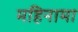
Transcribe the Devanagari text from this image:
महिनामा